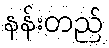
နန်းတည်